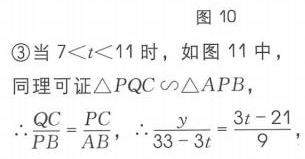
图 10
\textcircled{3}当\(7 < t < 11\)时，如图 11 中，
同理可证\(\triangle PQC\sim\triangle APB\)，
\(\therefore\frac{QC}{PB}=\frac{PC}{AB}\)，\(\therefore\frac{y}{33 - 3t}=\frac{3t - 21}{9}\)，